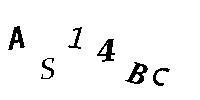
AS14BC